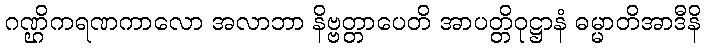
ဂဏ္ဌိကရဏကာလော အလာဘာ နိဗ္ဗတ္တာပေတိ အာပတ္တိဝုဋ္ဌာနံ ဓမ္မာတိအာဒီနိ